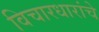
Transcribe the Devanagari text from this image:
विचारधारांचे